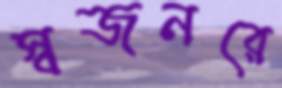
স্বজনরে